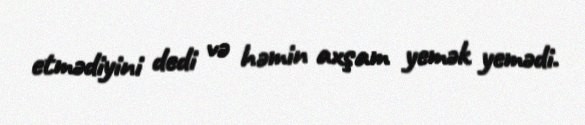
etmədiyini dedi və həmin axşam yemək yemədi.